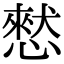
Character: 憖